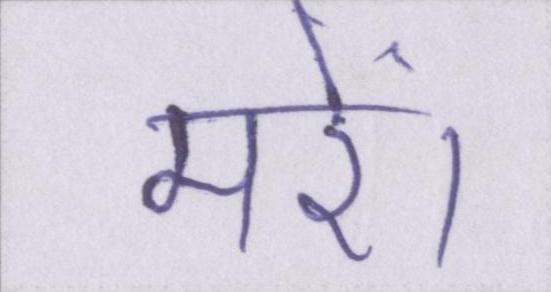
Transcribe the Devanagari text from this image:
मरें।